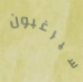
سيرغبون